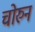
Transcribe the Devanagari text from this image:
चोरुन